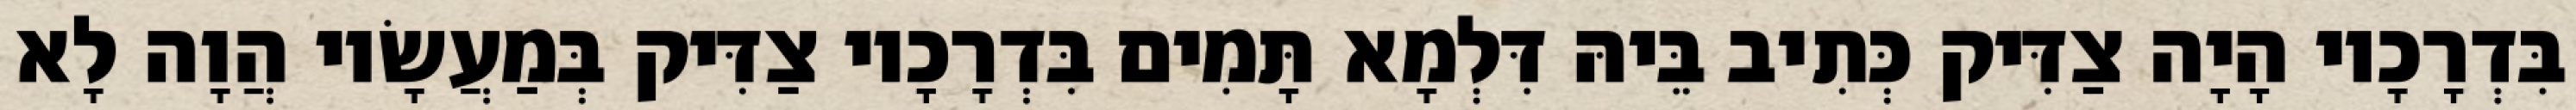
בִּדְרָכָיו הָיָה צַדִּיק כְּתִיב בֵּיהּ דִּלְמָא תָּמִים בִּדְרָכָיו צַדִּיק בְּמַעֲשָׂיו הֲוָה לָא